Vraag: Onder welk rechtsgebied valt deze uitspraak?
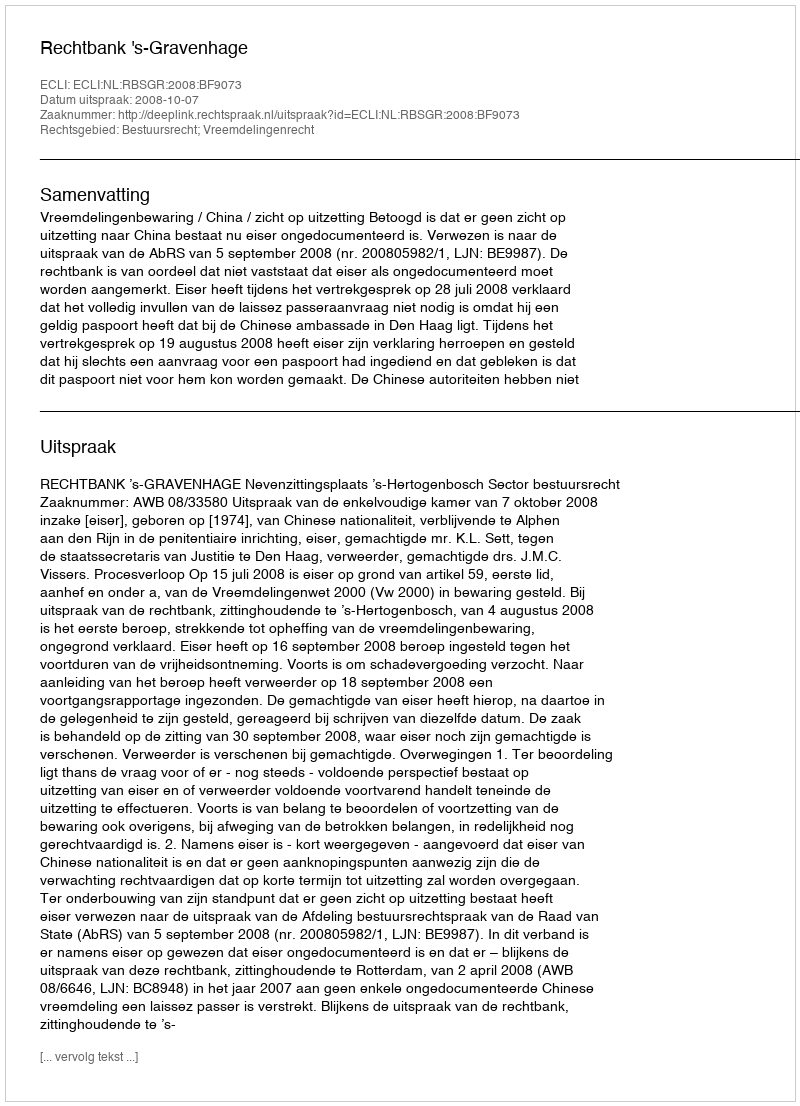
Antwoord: Bestuursrecht; Vreemdelingenrecht